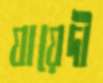
যায়েদী